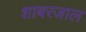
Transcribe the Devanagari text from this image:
शाबरजाल